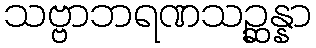
သဗ္ဗာဘရဏသဉ္ဆန္နာ